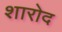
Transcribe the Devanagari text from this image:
शारोद